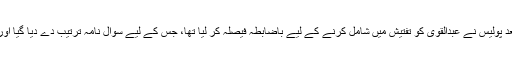
یاد رہے کہ معروف ماڈل قندیل بلوچ کے قتل کی تحقیقات میں پیشرفت کے بعد پولیس نے عبدالقوی کو تفتیش میں شامل کرنے کے لیے باضابطہ فیصلہ کر لیا تھا، جس کے لیے سوال نامہ ترتیب دے دیا گیا اور پولیس کی جانب سے مفتی صاحب کو بعذریعہ ٹیلی فون تھانے طلب کیا گیا۔